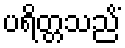
ပရိတ္တသညိံ